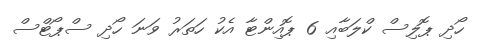
ހޯދި ޕޮލިސް ކްލަބާއި 6 ޕޮއިންޓާ އެކު ހަތަރު ވަނަ ހޯދި ސްޕޯޓްސް